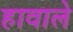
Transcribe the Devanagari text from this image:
हावाले